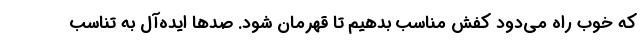
که خوب راه می‌دود کفش مناسب بدهیم تا قهرمان شود. صدها ایده‌آل به تناسب